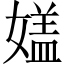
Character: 𡡇